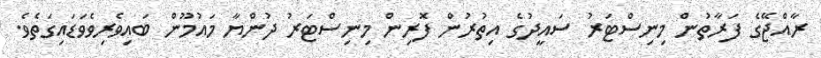
ރާއްޖޭގެ ފަރާތުން މިނިސްޓަރު ސައީދުގެ އިތުރުން ފޮރިން މިނިސްޓަރު ދުންޔާ މައުމޫން ބައިވެރިވެވަޑައިގަތެވެ.